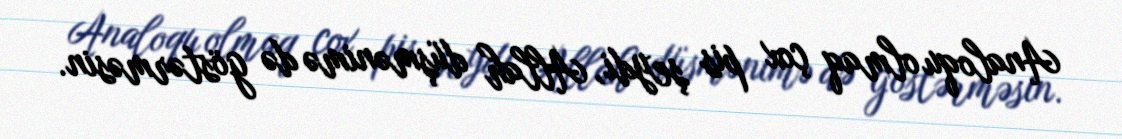
Analoqu olmaq çox pis şeydi, Allah düşmənimə də göstərməsin.